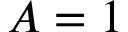
A = 1